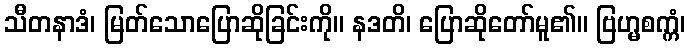
သီတနာဒံ၊ မြတ်သောပြောဆိုခြင်းကို။ နဒတိ၊ ပြောဆိုတော်မူ၏။ ဗြဟ္မစက္ကံ၊